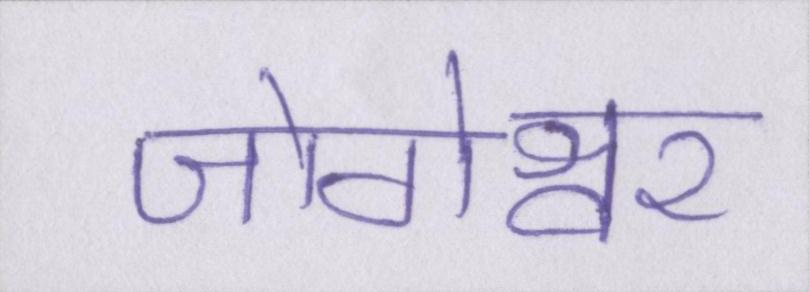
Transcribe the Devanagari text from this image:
जोगेश्वर